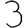
Digit: 3